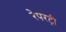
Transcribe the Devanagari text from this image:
रेपरट्री